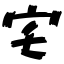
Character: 宅